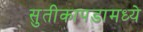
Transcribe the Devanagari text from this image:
सुतीकापडामध्ये